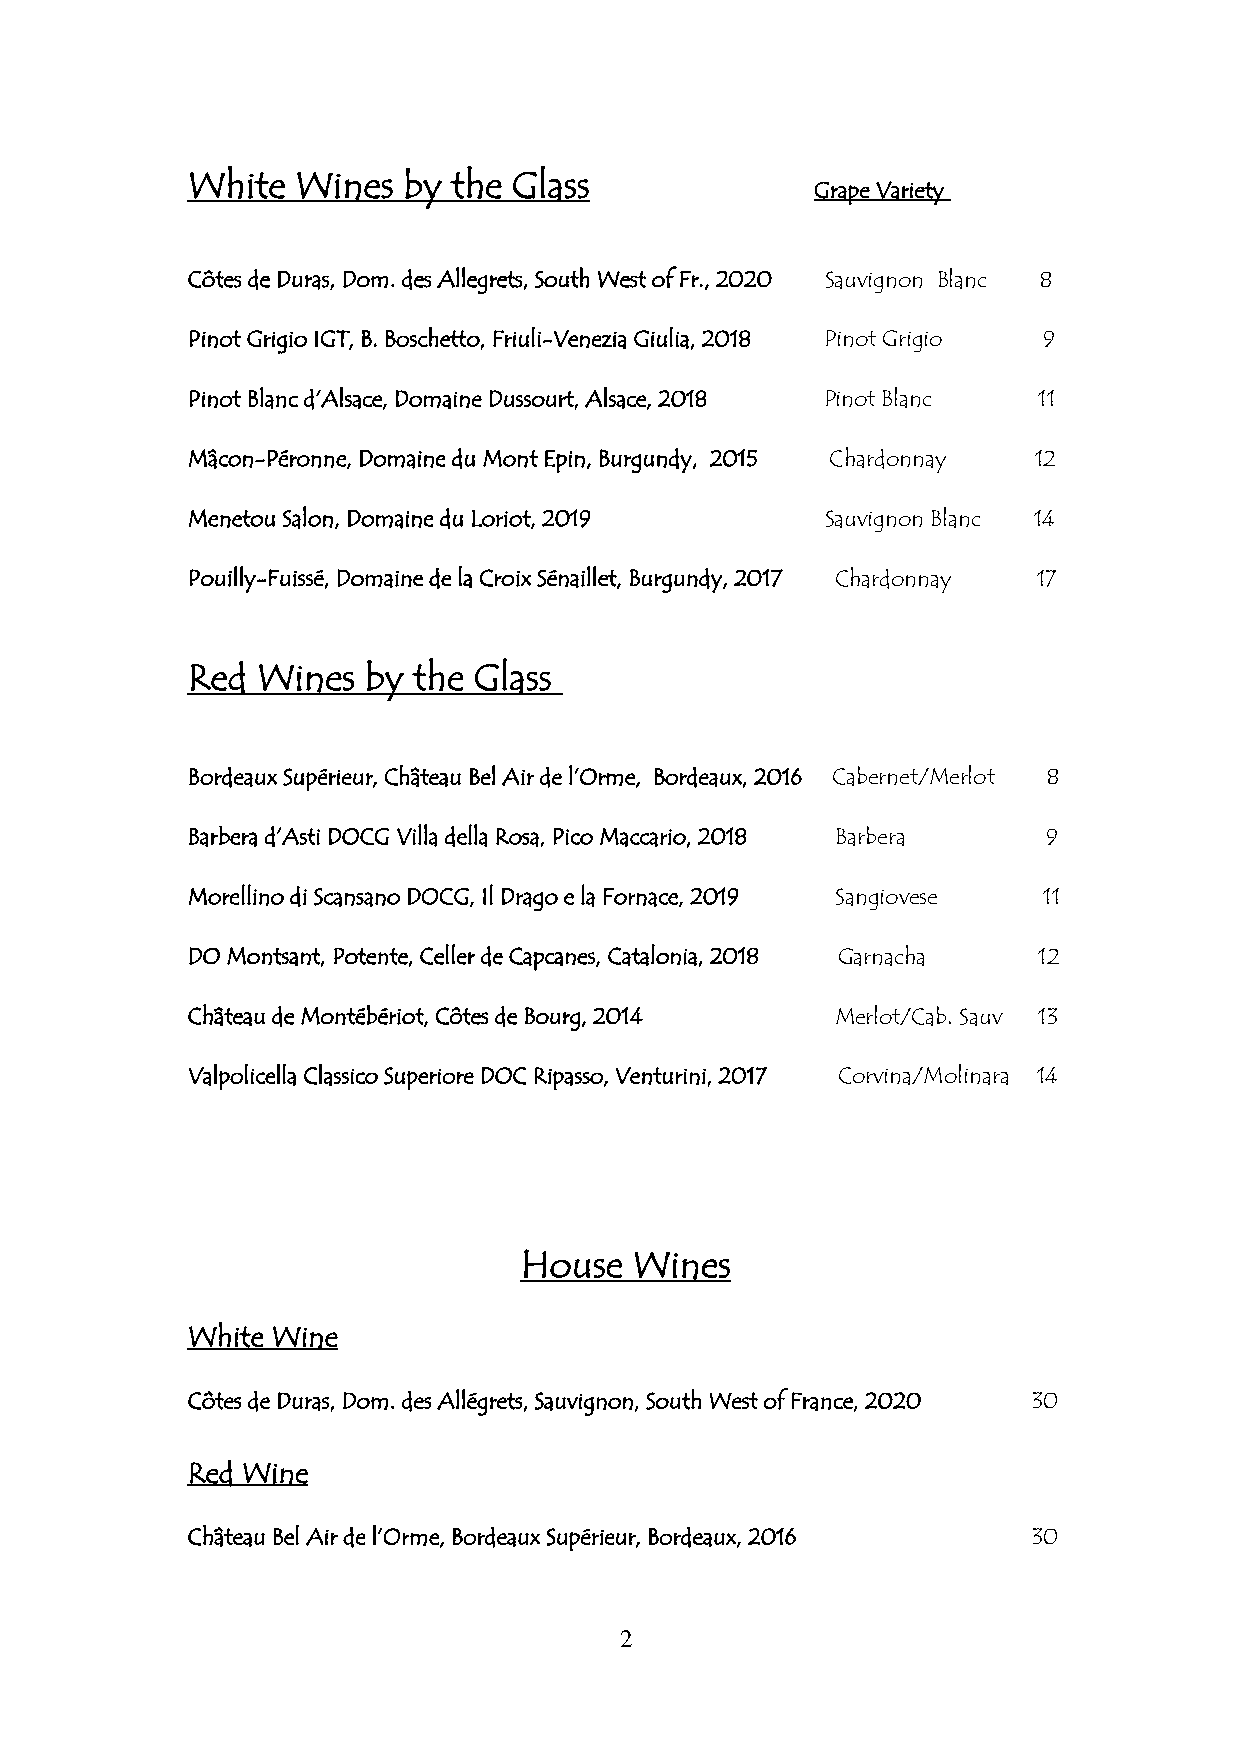
White   Wines  by the Glass
 Grape Variety
 Côtes de Duras, Dom. des Allegrets, South West of Fr., 2020 Sauvignon Blanc 8
 Pinot Grigio IGT, B. Boschetto, Friuli-Venezia Giulia, 2018 Pinot Grigio 9
 Pinot Blanc d’Alsace, Domaine Dussourt, Alsace, 2018 Pinot Blanc 11
 Mâcon-Péronne, Domaine du Mont Epin, Burgundy, 2015 Chardonnay 12
 Menetou Salon, Domaine du Loriot, 2019     Sauvignon Blanc 14
 Pouilly-Fuissé, Domaine de la Croix Sénaillet, Burgundy, 2017 Chardonnay 17
 Red  Wines  by the Glass
 Bordeaux Supérieur, Château Bel Air de l’Orme, Bordeaux, 2016 Cabernet/Merlot 8
 Barbera d’Asti DOCG Villa della Rosa, Pico Maccario, 2018 Barbera 9
 Morellino di Scansano DOCG, Il Drago e la Fornace, 2019 Sangiovese 11
 DO Montsant, Potente, Celler de Capcanes, Catalonia, 2018 Garnacha 12
 Château de Montébériot, Côtes de Bourg, 2014 Merlot/Cab. Sauv 13
 Valpolicella Classico Superiore DOC Ripasso, Venturini, 2017 Corvina/Molinara 14
 House   Wines
 White Wine
 Côtes de Duras, Dom. des Allégrets, Sauvignon, South West of France, 2020 30
 Red Wine
 Château Bel Air de l’Orme, Bordeaux Supérieur, Bordeaux, 2016 30
 2